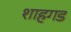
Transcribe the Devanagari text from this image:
शाहगड